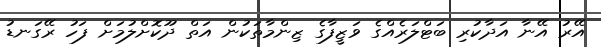
އޭރު އޭނާ އަދާކުރި ބަޓްލަރެއްގެ ވަޒީފާގެ ޒިންމާތަކުން އަތް ދޫކޮށްލުމަށް ފަހު ރޭގަނޑު